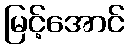
မြင့်အောင်